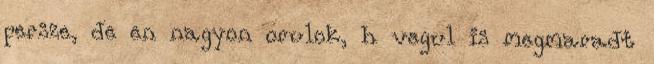
persze, de en nagyon orulok, h vegul is megmaradt